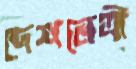
দেশনেত্রী